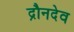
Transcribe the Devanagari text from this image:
द्रौनदेव